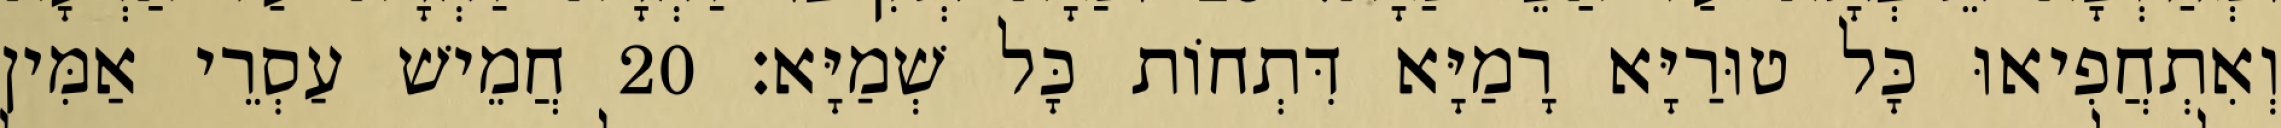
וְאִתְחֲפִיאוּ כָּל טוּרַיָּא רָמַיָּא דִּתְחוֹת כָּל שְׁמַיָּא׃ 20 חֲמֵישׁ עַסְרֵי אַמִּין